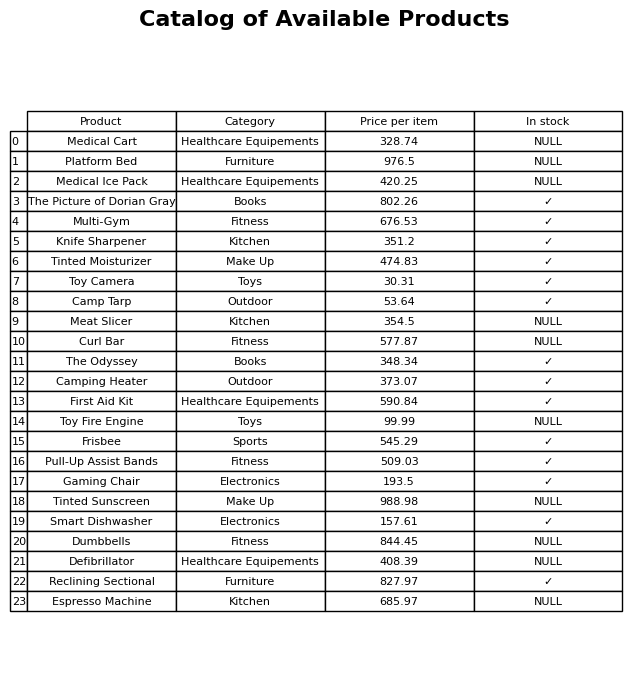
question: What is the price of the Toy Camera?
answer: The price of Toy Camera is 30.31.